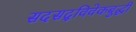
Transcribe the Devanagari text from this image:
सदसद्‌विवेकबुद्धी